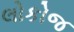
લોકોજ